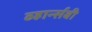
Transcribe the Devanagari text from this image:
व्हार्न्सबी